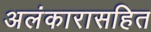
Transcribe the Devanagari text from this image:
अलंकारासहित